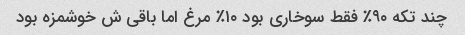
چند تکه ۹۰٪ فقط سوخاری بود ۱۰٪ مرغ اما باقی ش خوشمزه بود